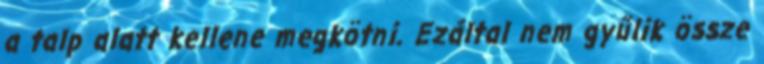
a talp alatt kellene megkötni. Ezáltal nem gyűlik össze